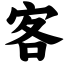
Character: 客